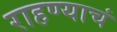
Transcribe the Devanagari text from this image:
राहण्याचं